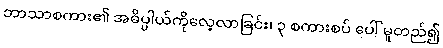
ဘာသာစကား၏ အဓိပ္ပါယ်ကိုလေ့လာခြင်း၊ ၃ စကားစပ် ပေါ် မူတည်၍